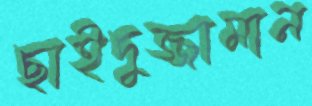
ছাইদুজ্জামান